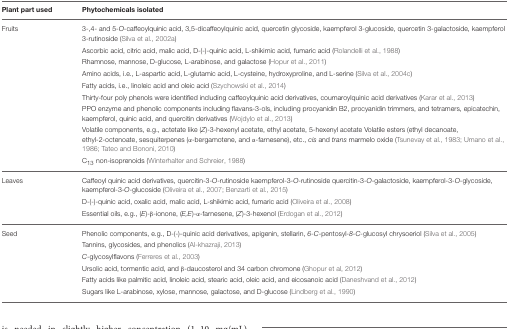
<table><thead><tr><td><b>Plant part used</b></td><td><b>Phytochemicals isolated</b></td></tr></thead><tbody><tr><td>Fruits</td><td>3-,4- and 5-<i>O</i>-caffeoylquinic acid, 3,5-dicaffeoylquinic acid, quercetin glycoside, kaempferol 3-glucoside, quercetin 3-galactoside, kaempferol 3-rutinoside (Silva et al., 2002a)</td></tr><tr><td></td><td>Ascorbic acid, citric acid, malic acid, D-(-)-quinic acid, L-shikimic acid, fumaric acid (Rolandelli et al., 1988)</td></tr><tr><td></td><td>Rhamnose, mannose, D-glucose, L-arabinose, and galactose (Hopur et al., 2011)</td></tr><tr><td></td><td>Amino acids, i.e., L-aspartic acid, L-glutamic acid, L-cysteine, hydroxyproline, and L-serine (Silva et al., 2004c)</td></tr><tr><td></td><td>Fatty acids, i.e., linoleic acid and oleic acid (Szychowski et al., 2014)</td></tr><tr><td></td><td>Thirty-four poly phenols were identified including caffeoylquinic acid derivatives, coumaroylquinic acid derivatives (Karar et al., 2013)</td></tr><tr><td></td><td>PPO enzyme and phenolic components including flavans-3-ols, including procyanidin B2, procyanidin trimmers, and tetramers, epicatechin, kaempferol, quinic acid, and quercitin derivatives (Wojdylo et al., 2013)</td></tr><tr><td></td><td>Volatile components, e.g., actetate like (<i>Z</i>)-3-hexenyl acetate, ethyl acetate, 5-hexenyl acetate Volatile esters (ethyl decanoate, ethyl-2-octenoate, sesquiterpenes (α-bergamotene, and α-farnesene), etc., <i>cis</i> and <i>trans</i> marmelo oxide (Tsunevay et al., 1983; Umano et al., 1986; Tateo and Bononi, 2010)</td></tr><tr><td></td><td>C13 non-isoprenoids (Winterhalter and Schreier, 1988)</td></tr><tr><td>Leaves</td><td>Caffeoyl quinic acid derivatives, quercitin-3-<i>O</i>-rutinoside kaempferol-3-<i>O</i>-rutinoside quercitin-3-<i>O</i>-galactoside, kaempferol-3-<i>O</i>-glycoside, kaempferol-3-<i>O</i>-glucoside (Oliveira et al., 2007; Benzarti et al., 2015)</td></tr><tr><td></td><td>D-(-)-quinic acid, oxalic acid, malic acid, L-shikimic acid, fumaric acid (Oliveira et al., 2008)</td></tr><tr><td></td><td>Essential oils, e.g., (<i>E</i>)-β-ionone, (<i>E,E</i>)-α-farnesene, (<i>Z</i>)-3-hexenol (Erdogan et al., 2012)</td></tr><tr><td>Seed</td><td>Phenolic components, e.g., D-(-)-quinic acid derivatives, apigenin, stellarin, <i>6-C-</i>pentosyl<i>-8-C-</i>glucosyl chrysoeriol (Silva et al., 2005)</td></tr><tr><td></td><td>Tannins, glycosides, and phenolics (Al-khazraji, 2013)</td></tr><tr><td></td><td><i>C</i>-glycosylflavons (Ferreres et al., 2003)</td></tr><tr><td></td><td>Ursolic acid, tormentic acid, and β-daucosterol and 34 carbon chromone (Ghopur et al, 2012)</td></tr><tr><td></td><td>Fatty acids like palmitic acid, linoleic acid, stearic acid, oleic acid, and eicosanoic acid (Daneshvand et al., 2012)</td></tr><tr><td></td><td>Sugars like L-arabinose, xylose, mannose, galactose, and D-glucose (Lindberg et al., 1990)</td></tr></tbody></table>